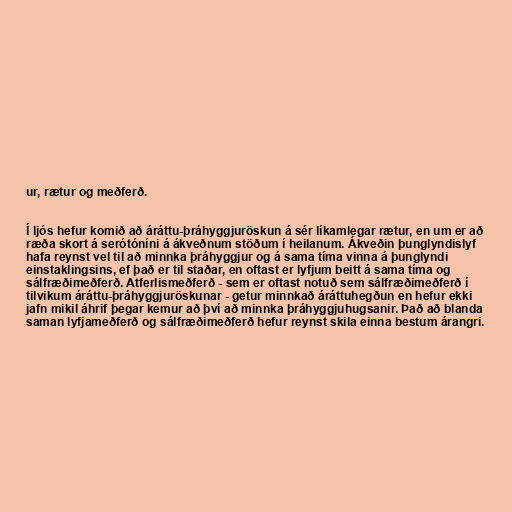
ur, rætur og meðferð.

Í ljós hefur komið að áráttu-þráhyggjuröskun á sér líkamlegar rætur, en um er að
ræða skort á serótóníni á ákveðnum stöðum í heilanum. Ákveðin þunglyndislyf
hafa reynst vel til að minnka þráhyggjur og á sama tíma vinna á þunglyndi
einstaklingsins, ef það er til staðar, en oftast er lyfjum beitt á sama tíma og
sálfræðimeðferð. Atferlismeðferð - sem er oftast notuð sem sálfræðimeðferð í
tilvikum áráttu-þráhyggjuröskunar - getur minnkað áráttuhegðun en hefur ekki
jafn mikil áhrif þegar kemur að því að minnka þráhyggjuhugsanir. Það að blanda
saman lyfjameðferð og sálfræðimeðferð hefur reynst skila einna bestum árangri.